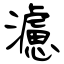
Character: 濾